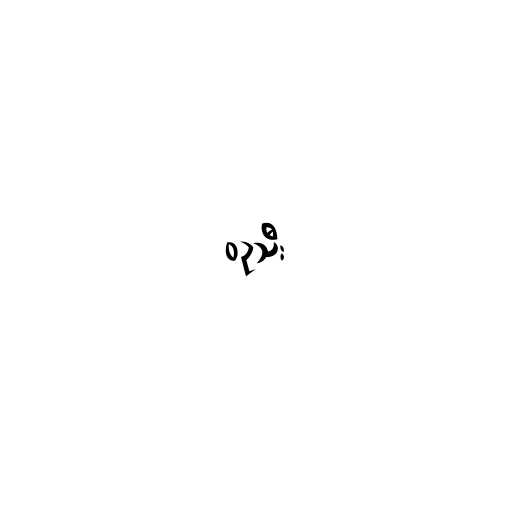
ဝဥသီး